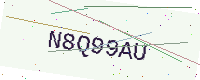
Text: N8Q99AU